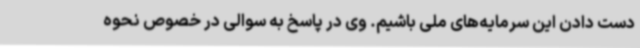
دست دادن این سرمایه‌های ملی باشیم. وی در پاسخ به سوالی در خصوص نحوه